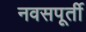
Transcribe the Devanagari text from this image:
नवसपूर्ती